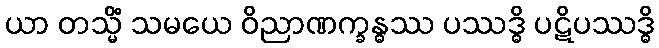
ယာ တသ္မိံ သမယေ ဝိညာဏက္ခန္ဓဿ ပဿဒ္ဓိ ပဋိပဿဒ္ဓိ